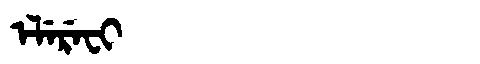
Manchu: ᡝᠯᡝᡵᡝᠸᡳ
Romanization: ELEREFI